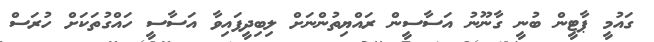
ގައުމީ ޕާޓީން ބުނީ ގާނޫނު އަސާސީން ރައްޔިތުންނަށް ލިބިދީފައިވާ އަސާސީ ހައްގުތަކަށް ހުރަސް